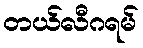
တယ်လီဂရမ်